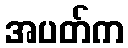
အပတ်က